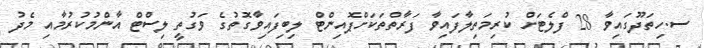
ސ.ހިތަދޫގައިވާ 28 ފްލެޓަށް ކުރިމަތިލާފައިވާ ފަރާތްތަކަށްޕޮއިންޓް ލިބިފައިވާގޮތުގެ ވަގުތީ ލިސްޓް އާންމުކުރުމާއި މެދު